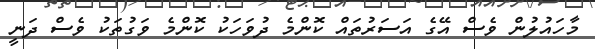
މާހައުލުން ވެސް އޭގެ އަސަރުތައް ކޮންމެ ދުވަހަކު ކޮންމެ ވަގުތަކު ވެސް ދަނީ